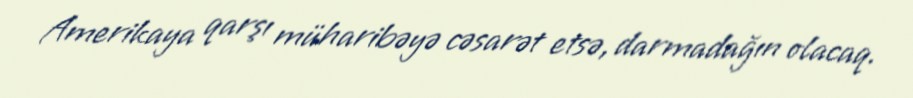
Amerikaya qarşı müharibəyə cəsarət etsə, darmadağın olacaq.